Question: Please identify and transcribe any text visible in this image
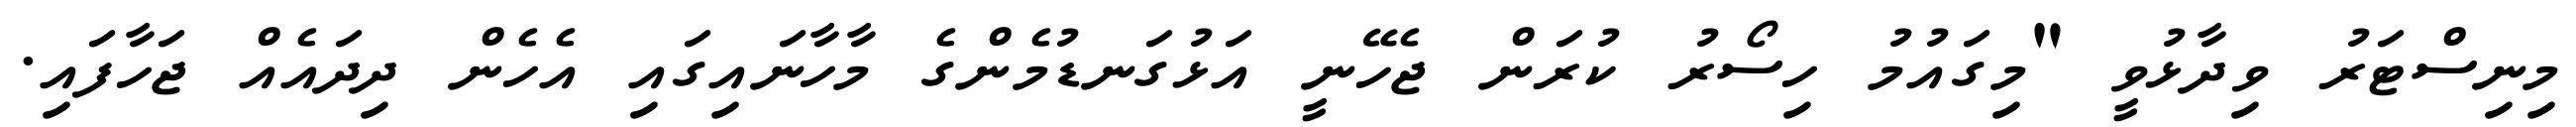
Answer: މިނިސްޓަރު ވިދާޅުވީ "މިގައުމު ހިސޯރު ކުރަން ޖެހޭނީ އަޅުގަނޑުމެންގެ މާހާނައިގައި އެހެން ދިދައެއް ޖަހާފައި.